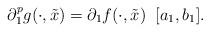
LaTeX: \begin{align*} \partial^p_1 g( \cdot, \tilde{x}) = \partial_1 f( \cdot, \tilde{x}) \;\; [a_1,b_1]. \end{align*}